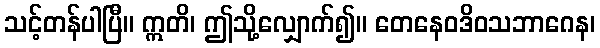
သင့်တန်ပါပြီ။ ဣတိ၊ ဤသို့လျှောက်၍။ တေနေဝဒိဝသဘာဂေန၊